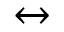
\leftrightarrow